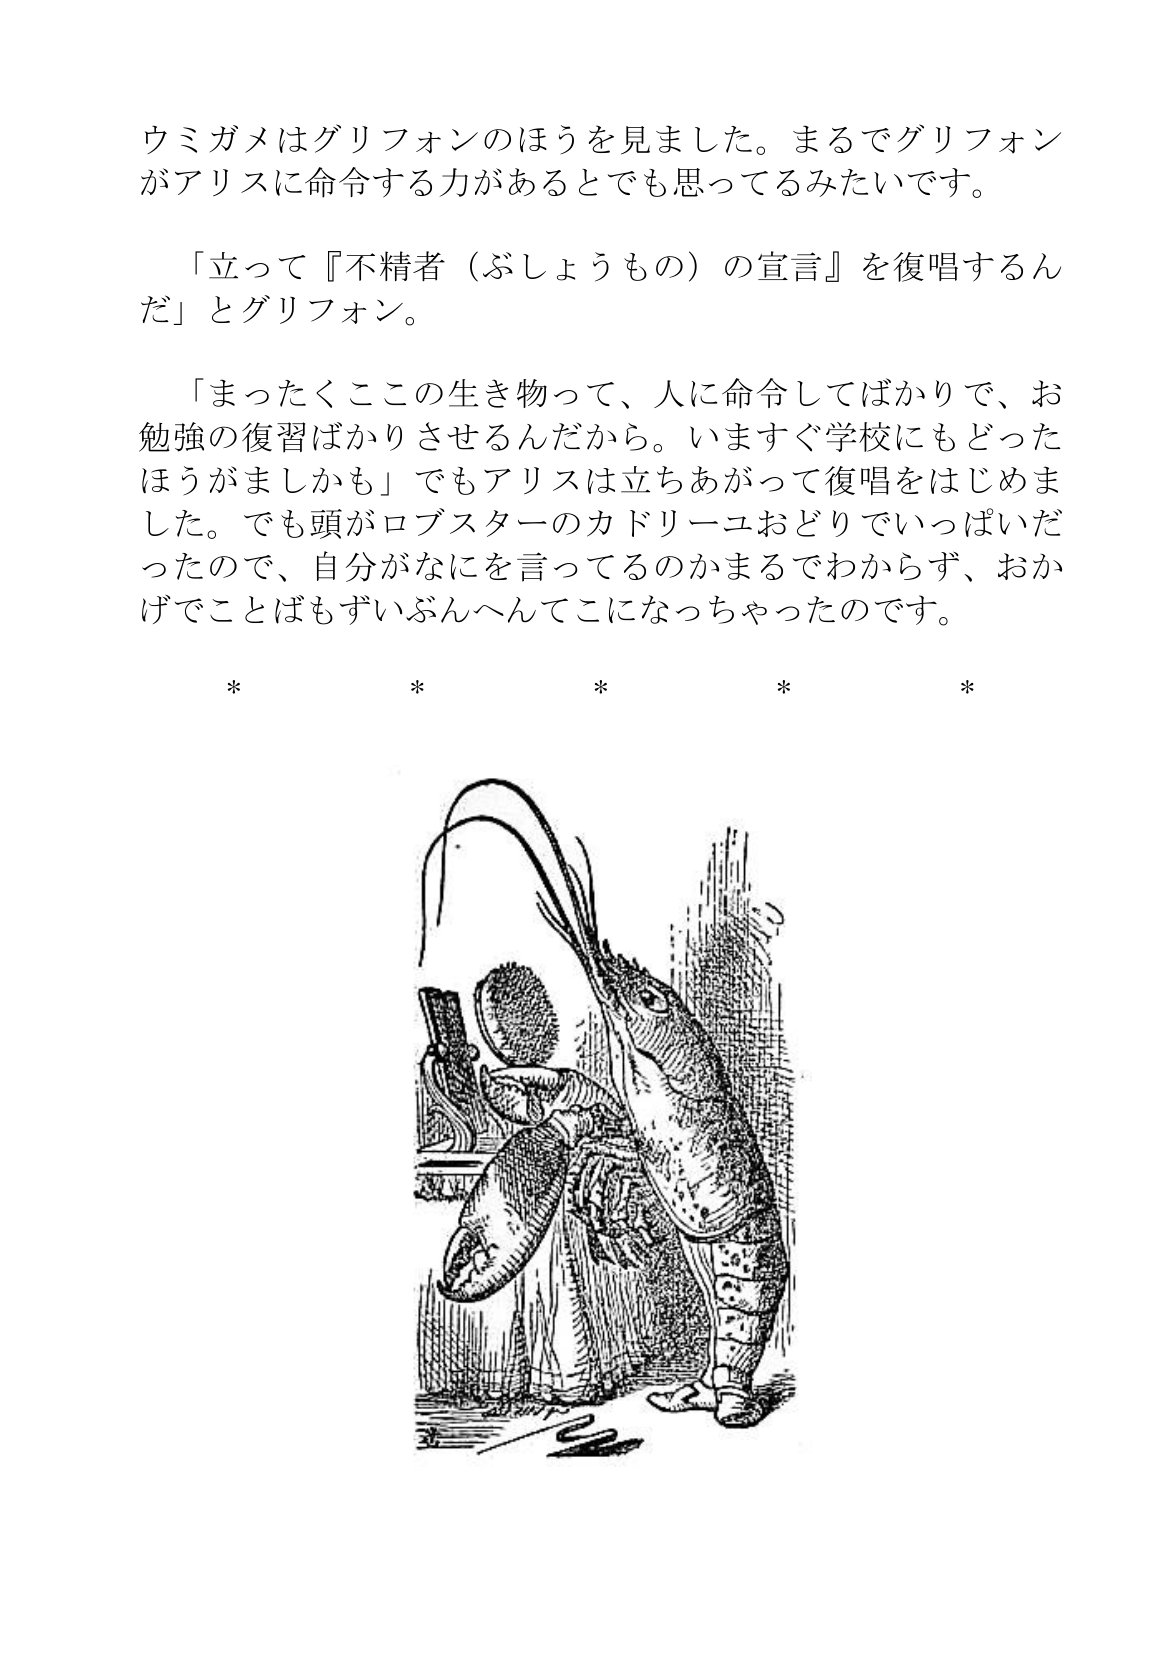
Language: ja